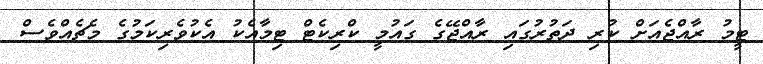
ޓީމު ރާއްޖެއަށް ކުރި ދަތުރުގައި ރާއްޖޭގެ ގައުމީ ކްރިކެޓް ޓިމާއެކު އެކުވެރިކަމުގެ މެޗެއްވެސް